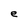
Character: e